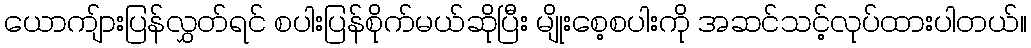
ယောကျ်ားပြန်လွှတ်ရင် စပါးပြန်စိုက်မယ်ဆိုပြီး မျိုးစေ့စပါးကို အဆင်သင့်လုပ်ထားပါတယ်။